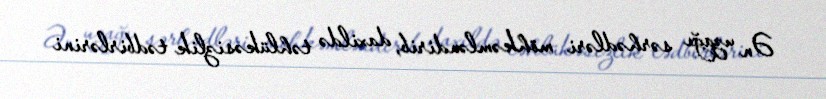
Ən uzağı sərhədləri möhkəmləndirib, daxildə təhlükəsizlik tədbirlərini